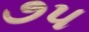
૭૫